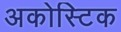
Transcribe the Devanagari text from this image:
अकोस्टिक